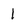
Character: 1